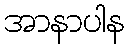
အာနာပါန